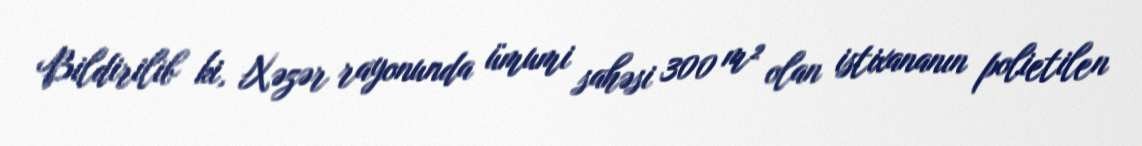
Bildirilib ki, Xəzər rayonunda ümumi sahəsi 300 m² olan istixananın polietilen